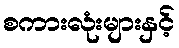
စကားလုံးများနှင့်